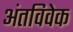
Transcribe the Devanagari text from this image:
अंतविवेक